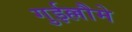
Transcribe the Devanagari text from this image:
गुईल्लौमे